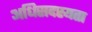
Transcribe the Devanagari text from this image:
अधिसदस्यता